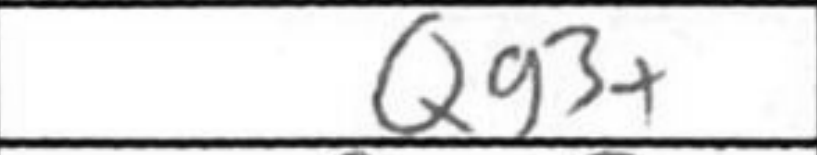
Transcription: Qg3+